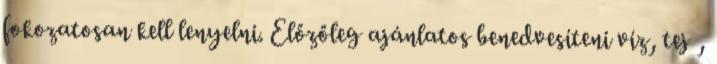
fokozatosan kell lenyelni. Előzőleg ajánlatos benedvesíteni víz, tej ,